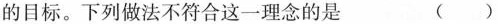
的目标。下列做法不符合这工理念的是 ()